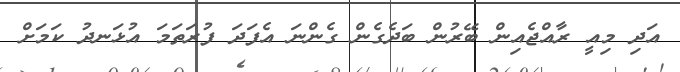
އަދި މިއީ ރާއްޖެއިން ބޭރުން ބަދެގެން ގެންނަ އެފަދަ ފުރަތަމަ އުޅަނދު ކަމަށް